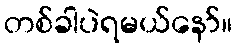
တစ်ခါပဲရမယ်နော်။